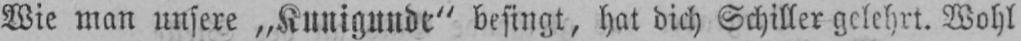
Wie man unsere „Kunigunde“ besingt, hat dich Schiller gelehrt. Wohl